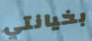
بخيانتي